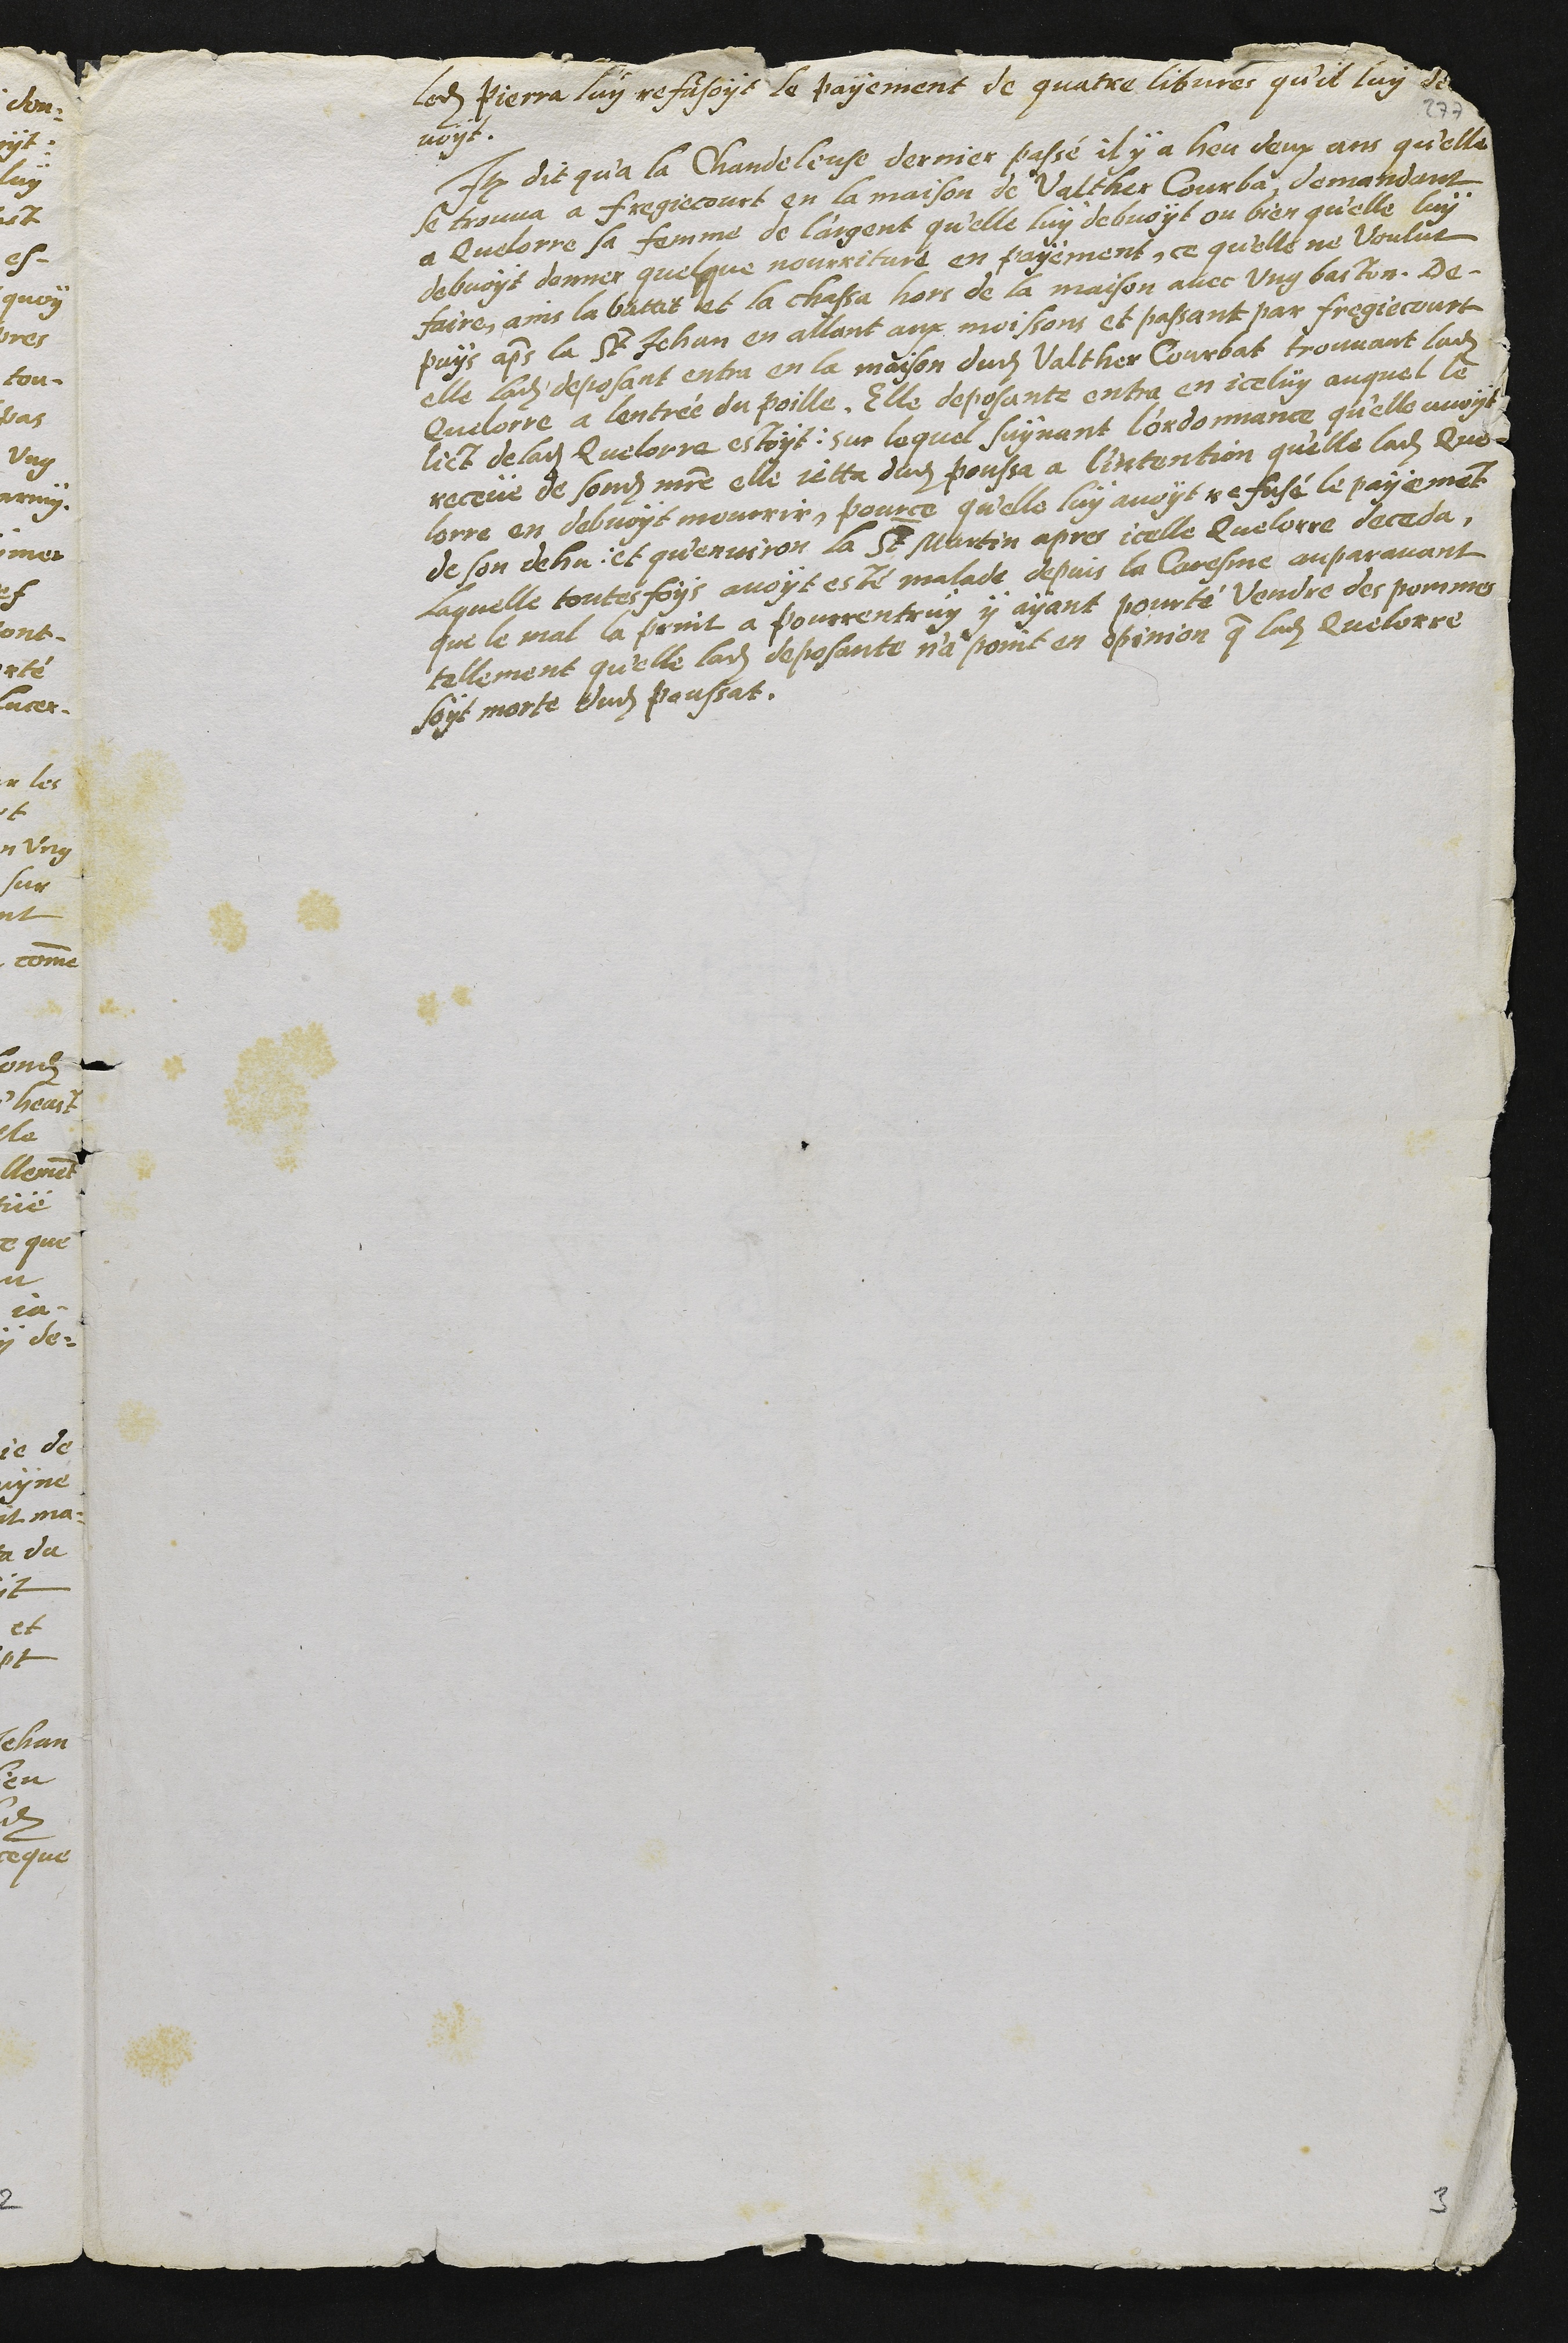
ledit Pierra luy refusoyt le payement de quatre libvres qu'il luy de
voyt.
Item dit qu'a la Chandeleuse dernier passé, il y a heu deux ans qu'elle
se trouva à fregiecourt en la maison de Valther Courba demandant
a Quelorre sa femme de l'argent qu'elle luy debvoyt ou bien qu'elle luy
debvoyt donner quelque nourriture en payement, ce qu'elle ne voulut
faire, ains la battit et la chassa hors de la maison avec ung baston. De-
puys apres la St Jehan en allant aux moissons et passant par fregiecourt
elle ladite deposant entra en la maison dudit Valther Courbat trouvant ladite
Quelorre a l'entrée du poille. Elle deposante entra en iceluy auquel le
lict de ladite Quelorre estoit sur lequel suyvant l'ordonnance qu'elle avoyt
receüe de sondit maitre elle jetta dudit poussa a l'intention qu'elle ladite Que-
lorre en debvoyt mourrir, pource qu'elle luy avoyt refusé le payement
de son dehu, et qu'environ la St Martin apres icelle Quelorre deceda
Laquelle toutesfois avoyt esté malade depuis la Caresme auparavant
que le mal la print a Pourrentruy y ayant pourté vendre des pommes
tellement qu'elle ladite deposante n'a point en opinion que ladite Quelorre
soyt morte dudit poussat.

3